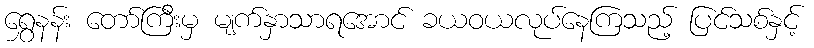
ရွှေနန်း တော်ကြီးမှ မျက်နှာသာရအောင် ခယဝယလုပ်နေကြသည့် ပြင်သစ်နှင့်